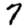
Digit: 7